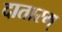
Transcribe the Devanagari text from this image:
दातारम्